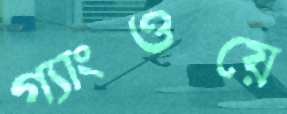
গ্যাংওয়ে